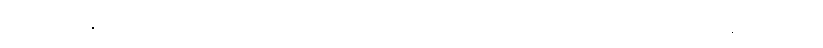
လာမယ့်နွေမှာတော့ အသင်းအတွက် အကြီးမားဆုံး ကစားသမား ခေါ်ယူမှုတွေကို လုပ်ဆောင်သွားဖို့